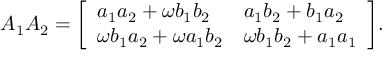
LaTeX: A _ { 1 } A _ { 2 } = { \left[ \begin{array} { l l } { a _ { 1 } a _ { 2 } + \omega b _ { 1 } b _ { 2 } } & { a _ { 1 } b _ { 2 } + b _ { 1 } a _ { 2 } } \\ { \omega b _ { 1 } a _ { 2 } + \omega a _ { 1 } b _ { 2 } } & { \omega b _ { 1 } b _ { 2 } + a _ { 1 } a _ { 1 } } \end{array} \right] } .